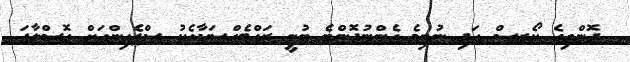
ދޮންތިގެ ކޯރސް އަދި ނުނިމެ އެންނުދޮންބެ ބުނީ ރައްޓެއްސަކާއެކު ސްޕެއިންއަށް ގޮސްލާފަ